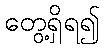
တွေ့ရှိရ၍